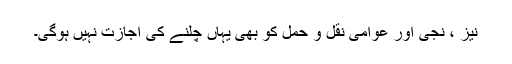
نیز ، نجی اور عوامی نقل و حمل کو بھی یہاں چلنے کی اجازت نہیں ہوگی۔